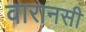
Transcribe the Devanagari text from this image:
वारानसी